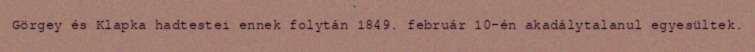
Görgey és Klapka hadtestei ennek folytán 1849. február 10-én akadálytalanul egyesültek.